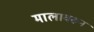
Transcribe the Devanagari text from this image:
मालावरून